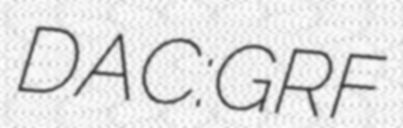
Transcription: DAC:GRF